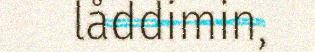
låddimin,